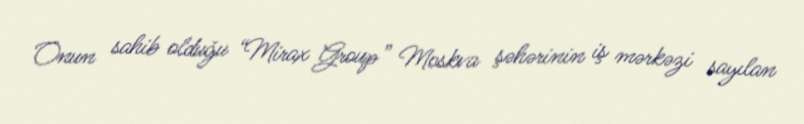
Onun sahib olduğu “Mirax Group” Moskva şəhərinin iş mərkəzi sayılan